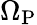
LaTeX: \Omega_{\mathrm{P}}